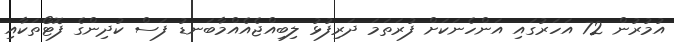
އުމުރުން 72 އަހަރުގައި އަންހެނަކަށް ފުރަތަމަ ދަރިފުޅު ލިބިއްޖެއެއްމާބަނޑު ފަސް ކުދިންގެ ފޮޓޯތަކާއި